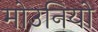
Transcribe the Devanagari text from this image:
मोउनियो